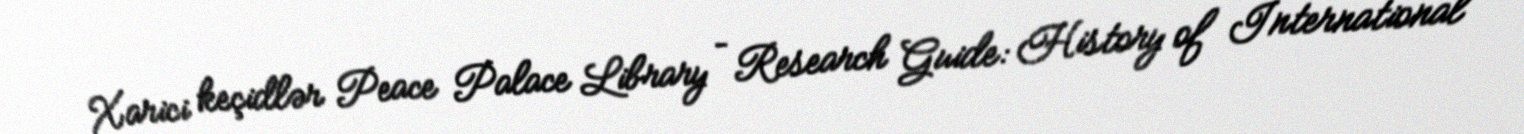
Xarici keçidlər Peace Palace Library – Research Guide: History of International